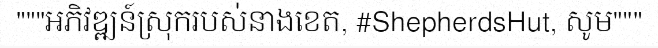
"""អភិវឌ្ឍន៍ស្រុករបស់នាងខេត, #ShepherdsHut, សូម"""